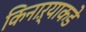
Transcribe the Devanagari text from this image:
किनाऱ्याकडे